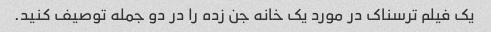
یک فیلم ترسناک در مورد یک خانه جن زده را در دو جمله توصیف کنید.